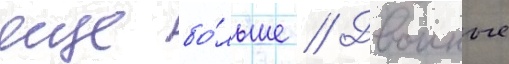
еще бо́льше // Двоиные